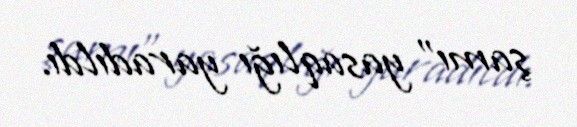
şamı" yasaqlığı yaradıldı.